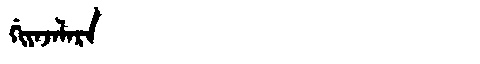
Manchu: ᡤᡳᠶᠠᠵᠠᠯᠠᡵᠠ
Romanization: GIYAJALARA